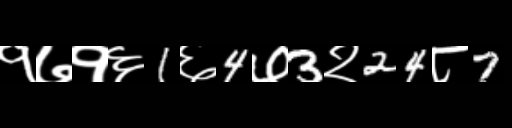
Text: १७१६1६4७3२24८7